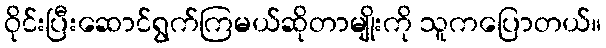
ဝိုင်းပြီးဆောင်ရွက်ကြမယ်ဆိုတာမျိုးကို သူကပြောတယ်။